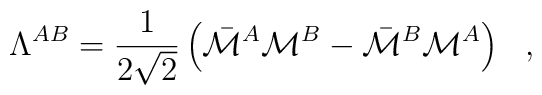
\Lambda^{AB}={1\over{2\sqrt{2}}}\left(\bar{\cal M}^A{\cal M}^B - \bar{\cal M}^B{\cal M}^A\right)~~,